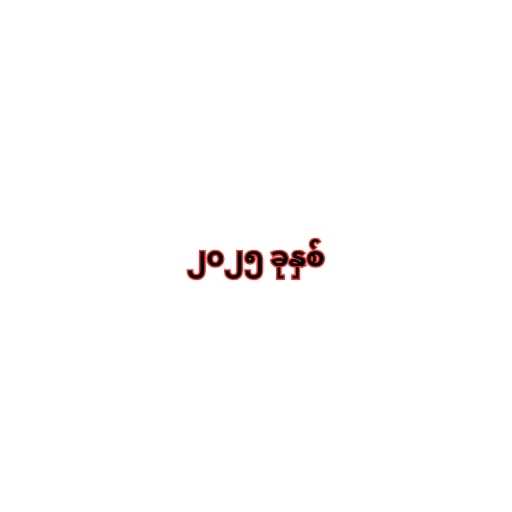
၂၀၂၅ ခုနှစ်